Civil Veterinary Dept. North-West Frontier Province 1923-32 - 1923-1932
Year: 1923
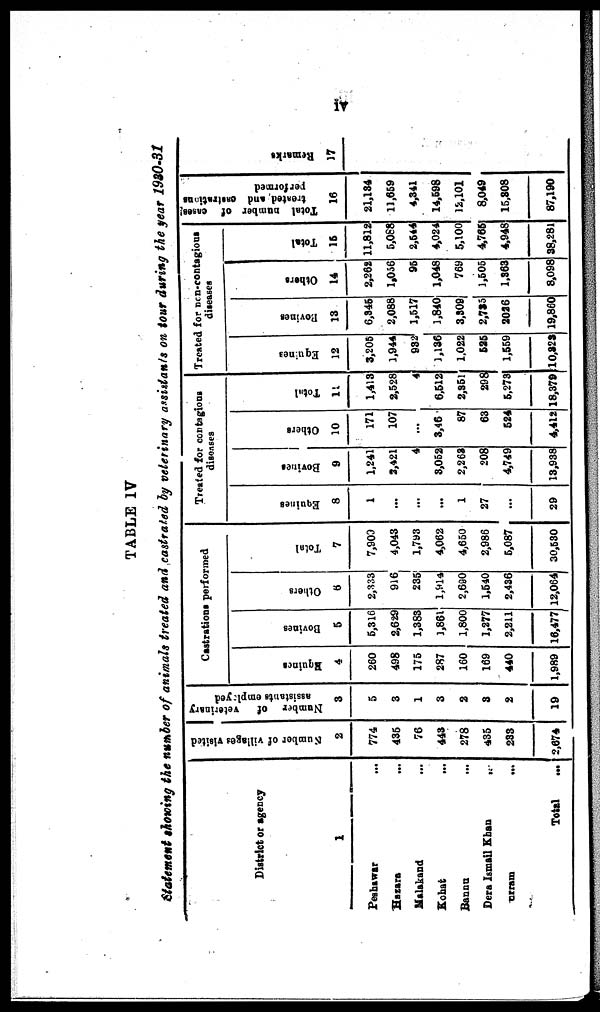
iv
TABLE IV
Statement showing the number of animals treated and castrated by veterinary assistants on tour during the year 1930-31
District or agency
1
Peshawar ...
Hazara ...
Malakand ...
Kohat ...
Banna ...
Dera Ismail Khan ...
Kurram
...
Total
...
Number
of villages visited
2
774
435
76
443
278
435
233
2,674
Number of
veterinary
assistants employed
3
5
3
1
3
2
3
2
19
Castrations performed
Equines
4
260
498
175
287
160
169
440
1,989
Bovines
5
5,3 16
2,629
1,383
1,861
1,800
1,277
2,211
16,477
Others
6
2,333
916
235
1,914
2,690
1,540
2,436
12,064
Total
7
7,900
4,043
1,793
4,062
4,650
2,986
5,087
30,530
Treated for contagious
diseases
Equities
8
1
...
...
...
1
27
...
29
Bovines
9
1,241
3,421
4
3,052
2,263
208
4,749
13,938
Others
10
171
107
...
3,46
87
63
524
4,412
Total
11
1,413
2,528
4
6,512
2,351
298
5,273
18,379
Treated for non-contagious
diseases
Equines
12
3,205
1,944
932
1,136
1,022
525
1,559
10,323
Bovines
13
6,345
2,088
1,517
1,840
3,309
2,735
2026
19,860
Others
14
2,262
1,056
95
1,048
769
1,505
1,363
8,098
Total
16
11,812
5,088
2,644
4,024
5,100
4,765
4,948
38,281
Total number of cases
treated and castrations
performed
16
21,134
11,659
4,341
14,598
12,101
8,049
15,308
87,190
Remarks
17